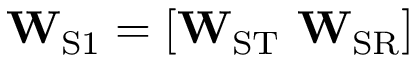
\mathbf { W } _ { \mathrm { S 1 } } = [ \mathbf { W } _ { \mathrm { S T } } \ \mathbf { W } _ { \mathrm { S R } } ]